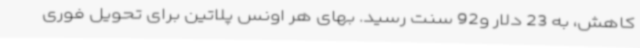
کاهش، به 23 دلار و92 سنت رسید. بهای هر اونس پلاتین برای تحویل فوری